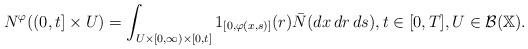
LaTeX: \begin{align*}N^{\varphi}((0,t]\times U)=\int_{U\times\lbrack0,\infty)\times [0,t]}1_{[0,\varphi(x,s)]}(r)\bar{N}(dx\,dr\,ds),t\in\lbrack0,T],U\in \mathcal{B}(\mathbb{X}). \end{align*}